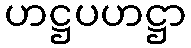
ဟဋ္ဌပဟဋ္ဌာ